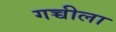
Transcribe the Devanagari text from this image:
गच्चीला